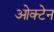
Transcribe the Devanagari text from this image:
ओक्टेन